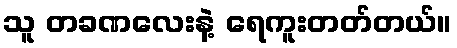
သူ တခဏလေးနဲ့ ရေကူးတတ်တယ်။